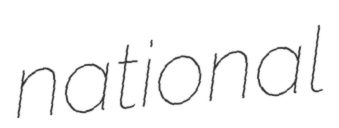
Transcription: national